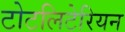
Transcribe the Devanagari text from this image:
टोटलिटेरियन